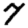
Digit: 7